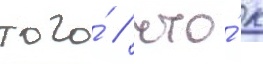
того́ / что́ к